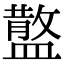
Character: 𥂪